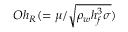
O h _ { R } ( = \mu / \sqrt { \rho _ { w } h _ { f } ^ { 3 } \sigma } )